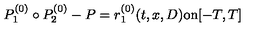
P _ { 1 } ^ { ( 0 ) } \circ P _ { 2 } ^ { ( 0 ) } - P = r _ { 1 } ^ { ( 0 ) } ( t , x , D ) \mathrm { o n } [ - T , T ]